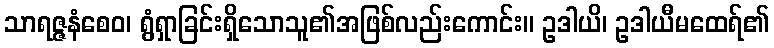
သာရဇ္ဇနံစေဝ၊ ရွံရှာခြင်းရှိသောသူ၏အဖြစ်လည်းကောင်း။ ဥဒါယိ၊ ဥဒါယီမထေရ်၏